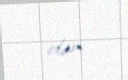
olur.